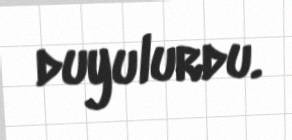
duyulurdu.